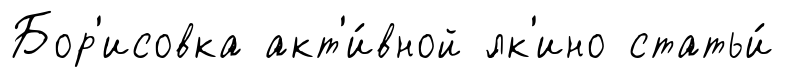
Бор'исовка акт'и́вной ́лк'ино статьи́